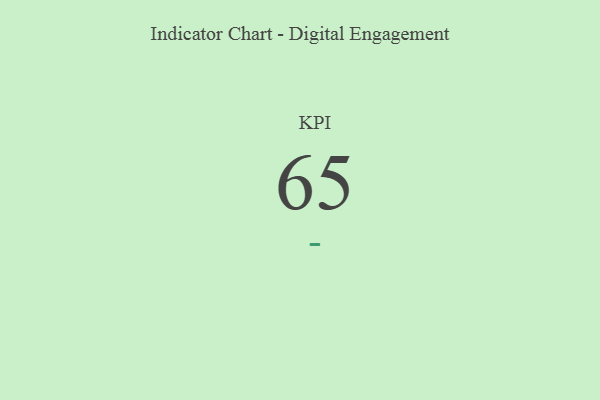
{"axis": {"x": "KPI", "y": "Value"}, "legend": [""], "data": [{"x": "KPI", "y": 65, "type": ""}]}